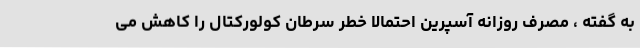
به گفته ، مصرف روزانه آسپرین احتمالا خطر سرطان کولورکتال را کاهش می